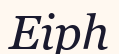
Еірһ